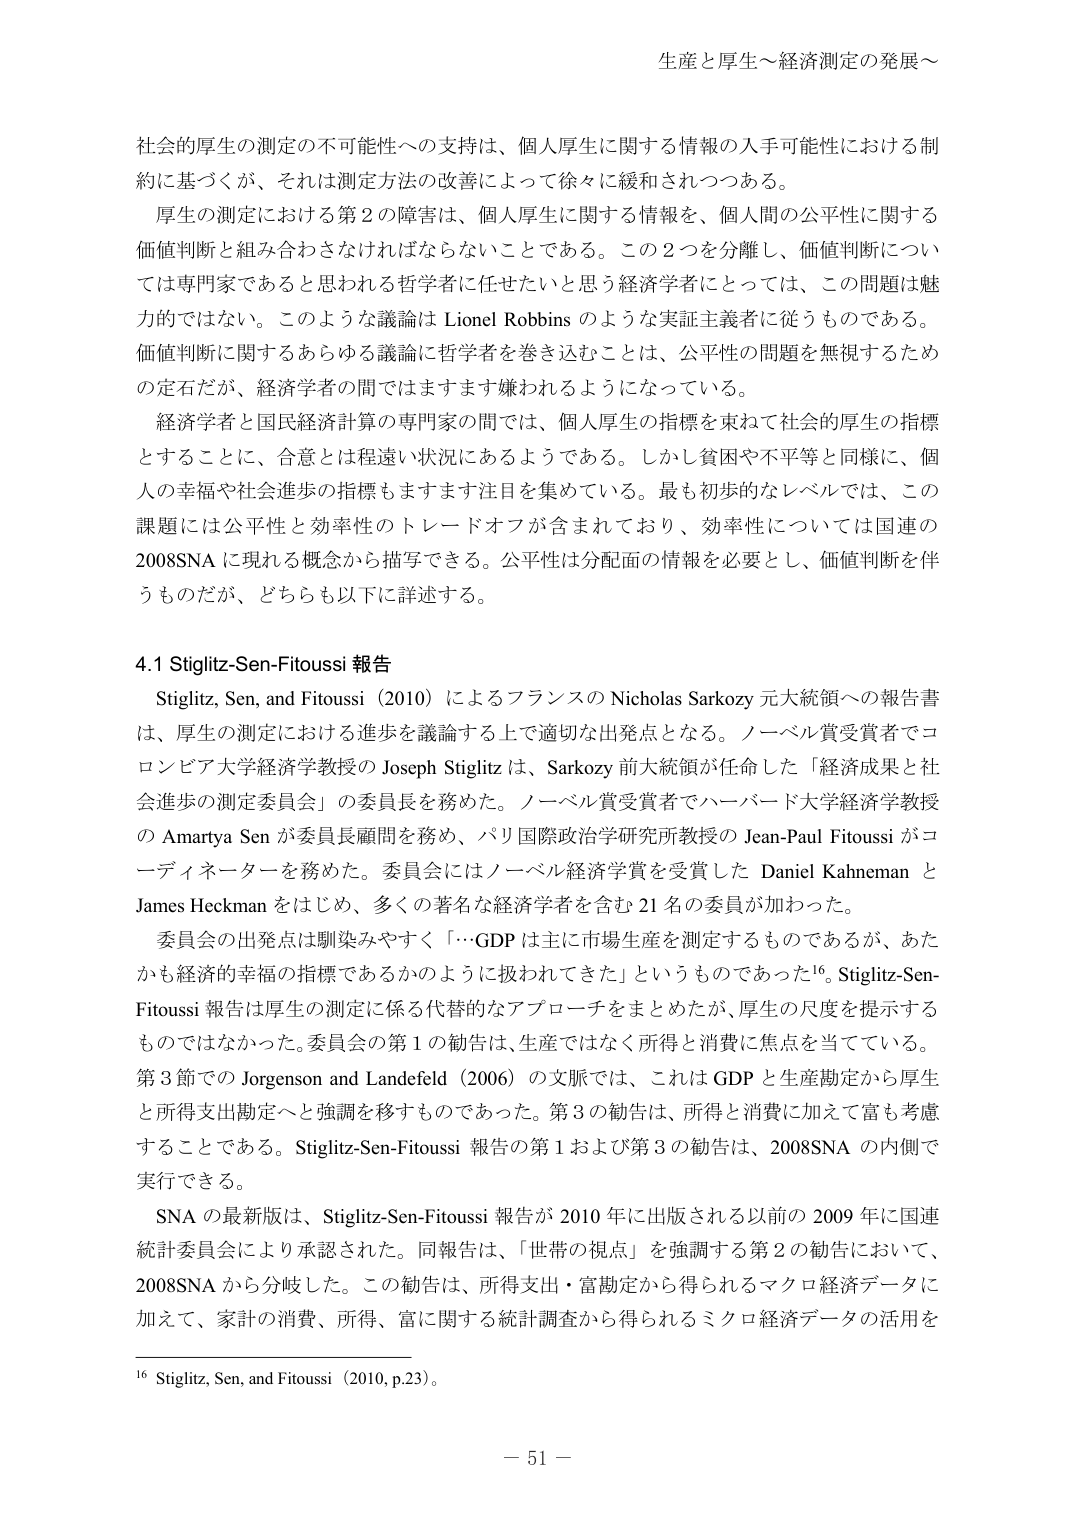
生産と厚生～経済測定の発展～

社会的厚生の測定の不可能性への支持は、個人厚生に関する情報の入手可能性における制約に基づくが、それは測定方法の改善によって徐々に緩和されつつある。

厚生の測定における第2の障害は、個人厚生に関する情報を、個人間の公平性に関する価値判断と組み合わさなければならないことである。この2つを分離し、価値判断については専門家であると思われる哲学者に任せたいと思う経済学者にとっては、この問題は魅力的ではない。このような議論は Lionel Robbins のような実証主義者に従うものである。価値判断に関するあらゆる議論に哲学者を巻き込むことは、公平性の問題を無視するための定石だが、経済学者の間ではますます嫌われるようになっている。

経済学者と国民経済計算の専門家の間では、個人厚生の指標を束ねて社会的厚生の指標とすることに、合意とは程遠い状況にあるようである。しかし貧困や不平等と同様に、個人の幸福や社会進歩の指標もますます注目を集めている。最も初歩的なレベルでは、この課題には公平性と効率性のトレードオフが含まれており、効率性については国連の2008SNA に現れる概念から描写できる。公平性は分配の情報を必要とし、価値判断を伴うものだが、どちらも以下に詳述する。

4.1 Stiglitz-Sen-Fitoussi 報告

Stiglitz, Sen, and Fitoussi (2010) によるフランスの Nicholas Sarkozy 元大統領への報告書は、厚生の測定における進歩を議論する上で適切な出発点となる。ノーベル賞受賞者でコロンビア大学経済学教授の Joseph Stiglitz は、Sarkozy 前大統領が任命した「経済成果と社会進歩の測定委員会」の委員長を務めた。ノーベル賞受賞者でハーバード大学経済学教授の Amartya Sen が委員長顧問を務め、パリ国際政治学研究所教授の Jean-Paul Fitoussi がコーディネーターを務めた。委員会にはノーベル経済学賞を受賞した Daniel Kahneman と James Heckman をはじめ、多くの著名な経済学者を含む 21 名の委員が加わった。

委員会の出発点は馴染みやすく「…GDP は主に市場生産を測定するものであるが、あたかも経済的幸福の指標であるかのように扱われてきた」というものであった16。Stiglitz-Sen-Fitoussi 報告は厚生の測定に係る代替的なアプローチをまとめたが、厚生の尺度を提示するものではなかった。委員会の第1の勧告は、生産ではなく所得と消費に焦点を当てている。第3節での Jorgenson and Landefeld (2006) の文脈では、これは GDP と生産測定から厚生と所得支出測定へと強調を移すものであった。第3の勧告は、所得と消費に加えて富も考慮することである。Stiglitz-Sen-Fitoussi 報告の第1および第3の勧告は、2008SNA の内側で実行できる。

SNA の最新版は、Stiglitz-Sen-Fitoussi 報告が 2010 年に出版される以前の 2009 年に国連統計委員会により承認された。同報告は、「世帯の視点」を強調する第2の勧告において、2008SNA から分岐した。この勧告は、所得支出・富測定から得られるマクロ経済データに加えて、家計の消費、所得、富に関する統計調査から得られるミクロ経済データの活用を

16 Stiglitz, Sen, and Fitoussi (2010, p.23)。

－ 51 －